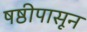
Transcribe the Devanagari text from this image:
षष्ठीपासून